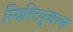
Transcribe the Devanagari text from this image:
स्पिरिच्युअल्स